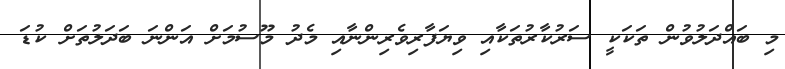
މި ބައްދަލުވުން ތަކަކީ ސަރުކާރުތަކާއި ވިޔަފާރިވެރިންނާއި މެދު މޫސުމަށް އަންނަ ބަދަލުތަށް ކުޑަ